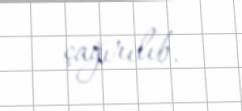
çağırılıb.